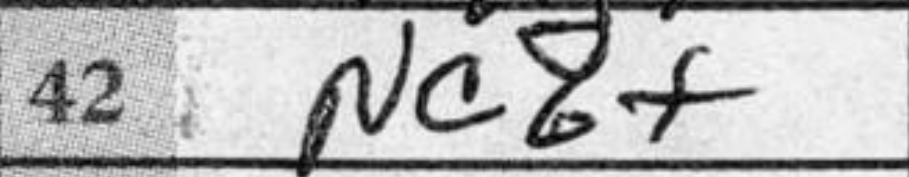
Transcription: Nc6+